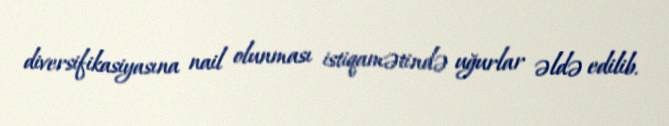
diversifikasiyasına nail olunması istiqamətində uğurlar əldə edilib.